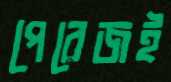
পেরেজই